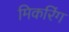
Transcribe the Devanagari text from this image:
मिकरिंग